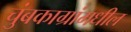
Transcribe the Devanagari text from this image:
चुंबकाग्रांमधील